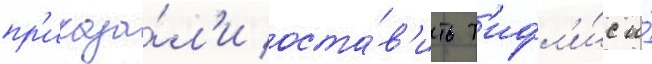
пр'иказа́л'и оста́в'ить т'ифл'и́с и́